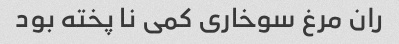
ران مرغ سوخاری کمی نا پخته بود